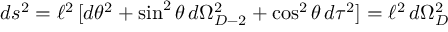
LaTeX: d s ^ { 2 } = \ell ^ { 2 } \, [ d \theta ^ { 2 } + \sin ^ { 2 } \theta \, d \Omega _ { D - 2 } ^ { 2 } + \cos ^ { 2 } \theta \, d \tau ^ { 2 } ] = \ell ^ { 2 } \, d \Omega _ { D } ^ { 2 }